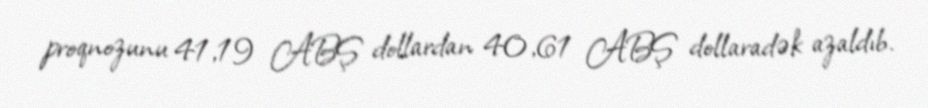
proqnozunu 41,19 ABŞ dollardan 40,61 ABŞ dollaradək azaldıb.